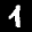
Label: 4